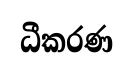
ධීකරණ